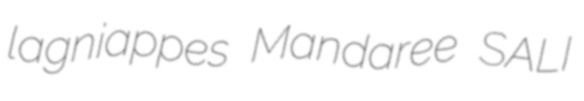
lagniappes Mandaree SALI